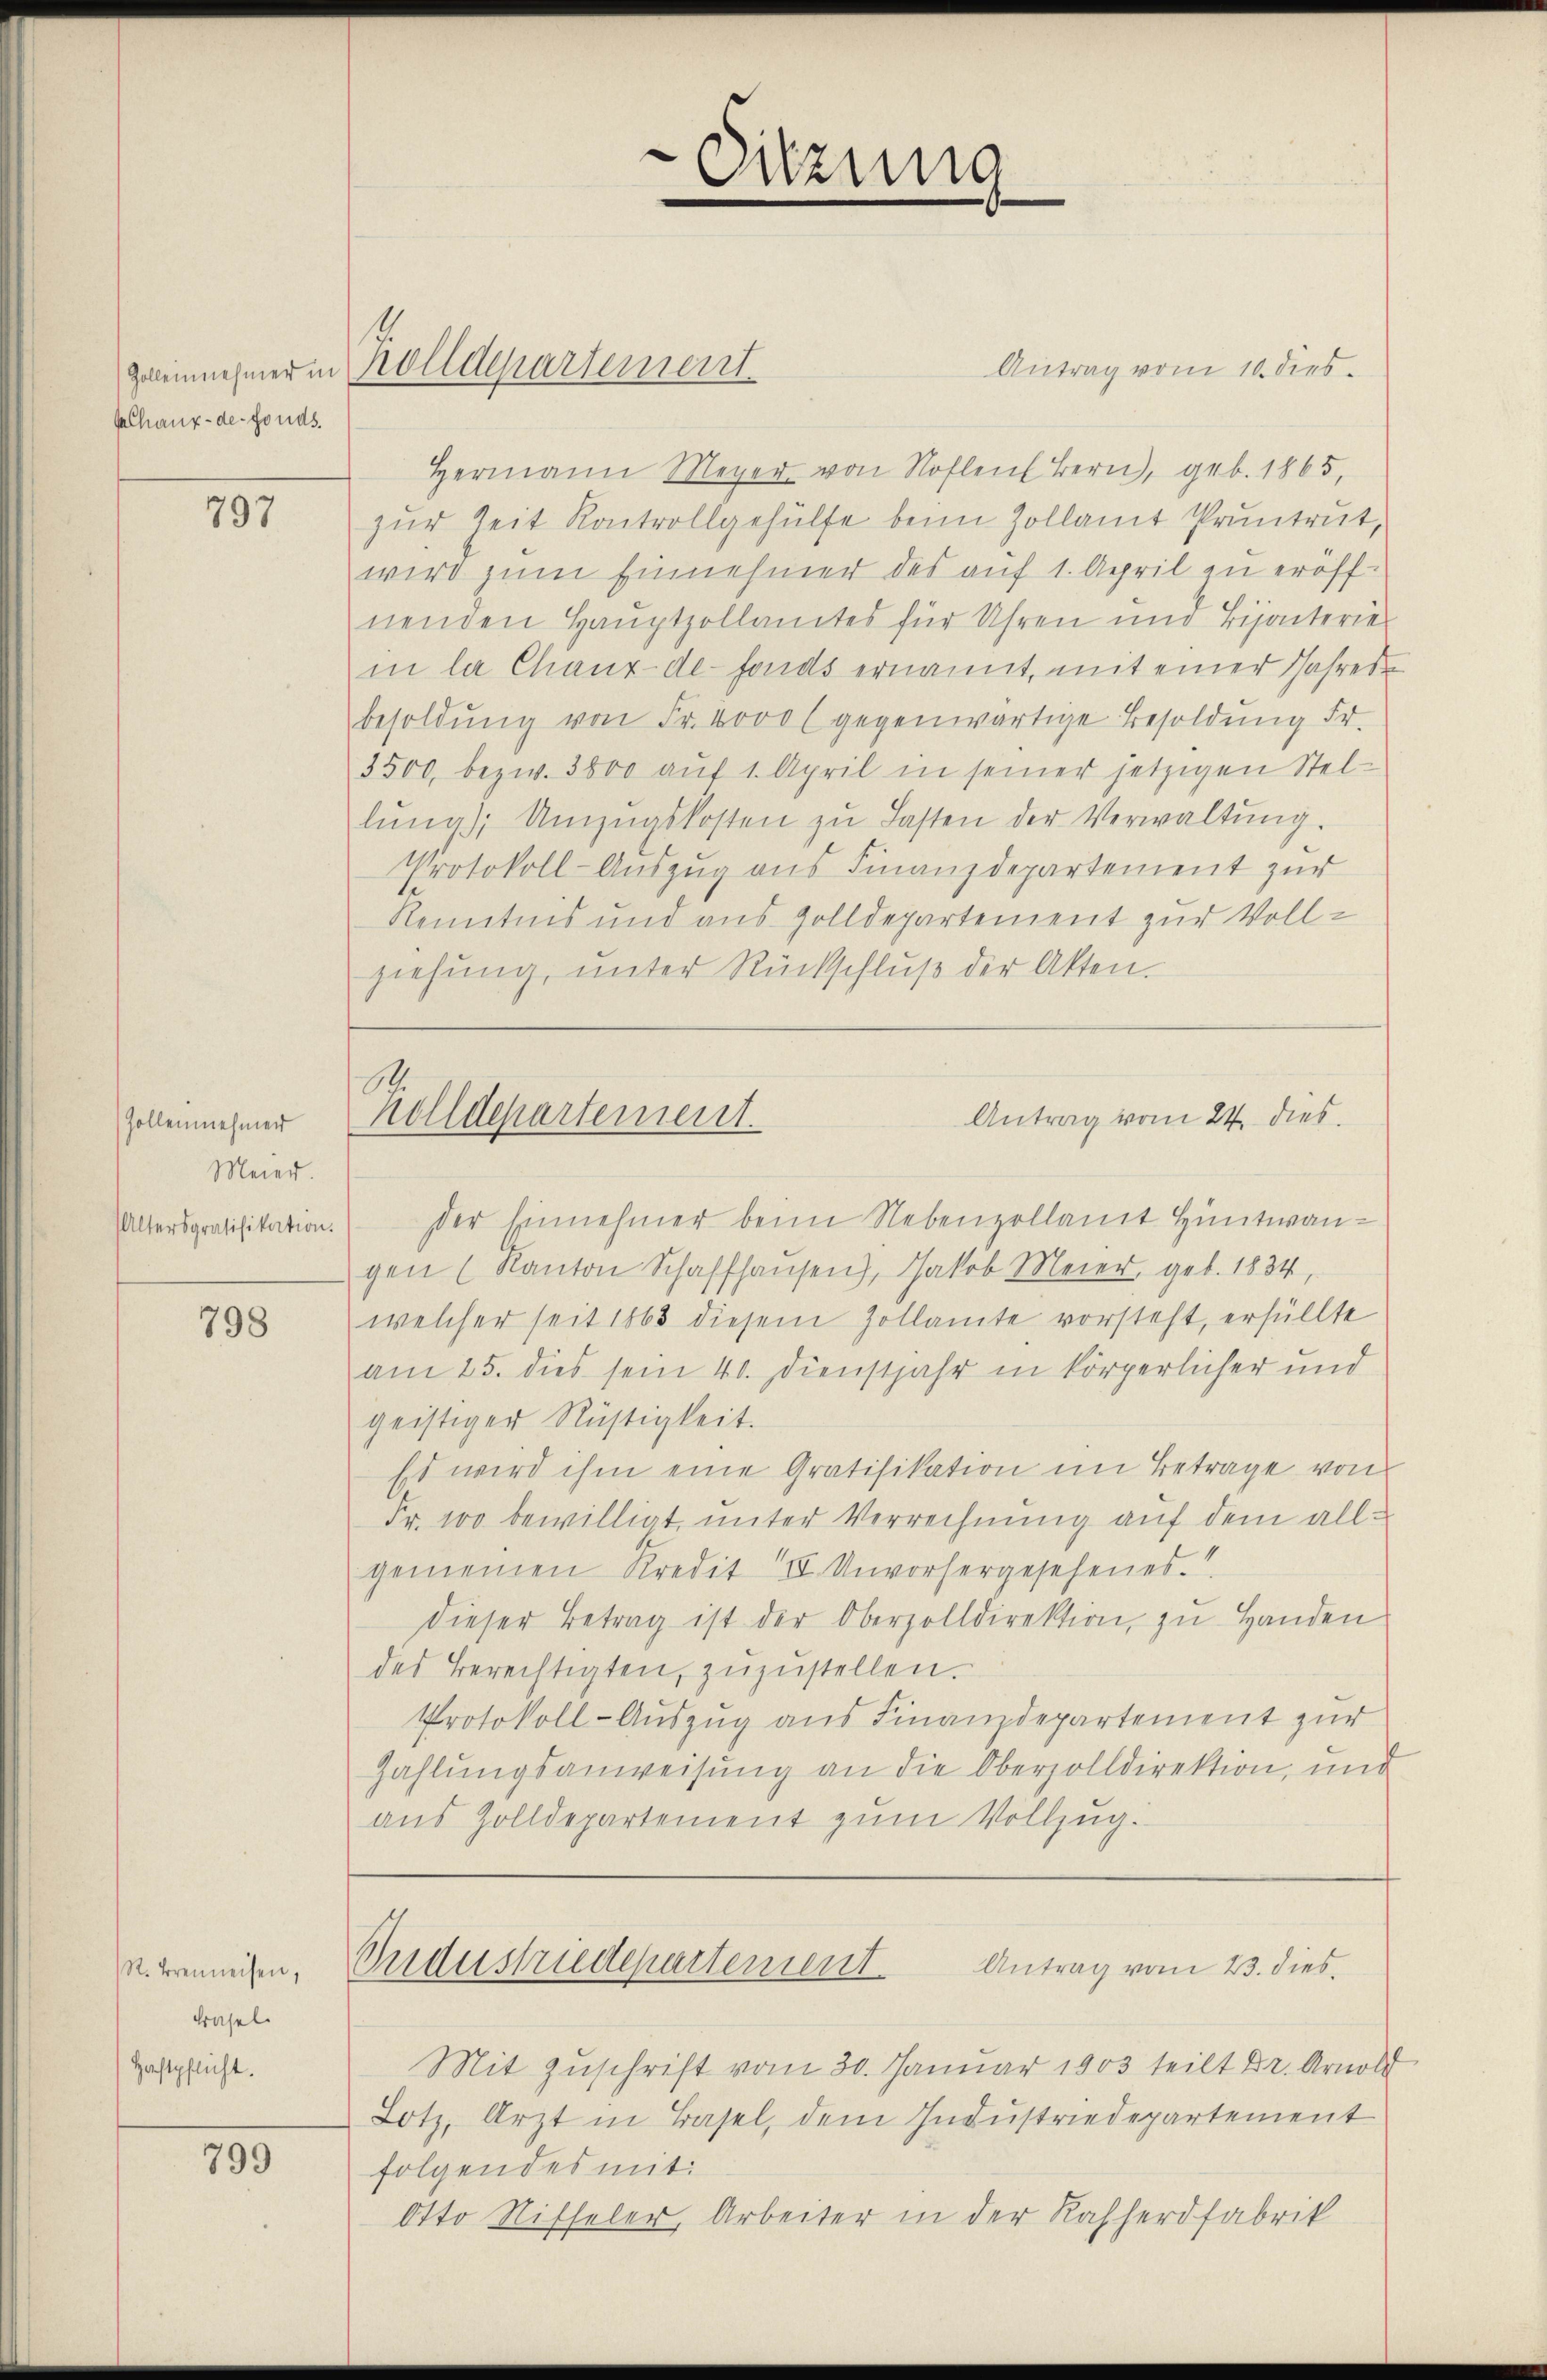
Chaux-de-Fonds.

797

Zollennehmer
Meier.
Altersgratifikation.

798

M. Brenneisen,
Basel
Haftpflicht.

799

1

Antrag vom 10. dies
Hermann Meyer von Nohlen Bern, geb. 1865,
zŭr Zeit Kontrollgehülfe beim Zollamt Pruntrut,
wird zum Einnehmer des auf 1. April zu eröffnenden Hauptzollamtes für Uhren und Bijonterie
in la Chaux-de-Fonds ernannt, mit einer Jahres
besoldŭng von Fr. 4000 (gegenwärtige Besoldŭng Fr.
3500, bezw. 3800 aŭf 1. April in seiner jetzigen Stellŭng Umzugskosten zŭ Lasten der Verwaltŭng.
Protokoll-Auszug aus Finanzdepartement zur
Renntnis und aus Zolldepartement zur Vollziehung, unter Rückschluß der Akten.
Antrag vom 24. dies
Holldepartement.
Der Einnehmer beim Nebenzollamt Hüntwangen (Kanton Schaffhaŭsen), Jakob Meier, geb. 1834,
welcher seit 1863 diesem Zollamte vorsteht, erfüllte
am 25. dies sein 40. Dienstjahr in körperlicher und
geistiger Rüstigkeit.
Es wird ihm eine Gratifikation im Betrage von
Fr. 100 bewilligt, unter Verrechnung auf dem allgemeinen Kredit II Unvorhergesehenes.
dieser Betrag ist der Oberzolldirektion, zu Handen
des Berechtigten, zŭzŭstellen.
Protokoll-Auszug aus Finanzdepartement zur
Zahlungsanweisung an die Oberzolldirektion, und
aus Zolldepartement zum Vollzug.

geleinehmer in Rolldepartement.

Mit Zuschrift vom 30. Januar 1903 teilt Dr. Arnold
Lotz, Arzt in Basel, dem Industriedepartement
folgendes mit:
Otto Riffeler, Arbeiter in der Rasserdfabrik

Ortzung

Sndustriedepartement
Antrag vom 23. dies